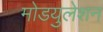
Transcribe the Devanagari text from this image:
मोडयुलेशन